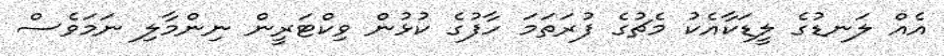
އެއް ލަނޑުގެ ލީޑަކާއެކު މެޗުގެ ފުރަތަމަ ހާފުގެ ކުޅުން ވިކްޓަރީން ނިންމާލި ނަމަވެސް